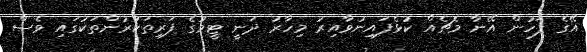
އޭގެ ފަހުން އޭނާ މެޗެއް ކުޅެފައިނުވާއިރު މިހާރު ދަނީ ޓީމުގެ ފަރިތަކުރުންތަކުގައި ވެސް